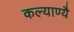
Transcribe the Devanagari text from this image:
कल्याण्यै